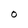
Character: O